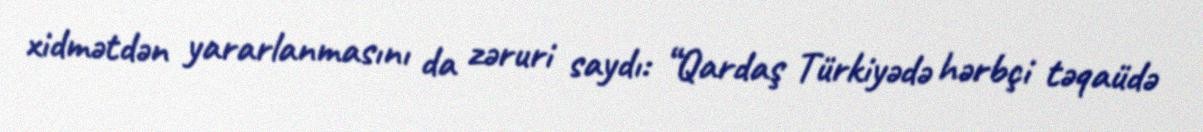
xidmətdən yararlanmasını da zəruri saydı: “Qardaş Türkiyədə hərbçi təqaüdə